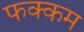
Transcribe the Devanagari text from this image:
फक्कम